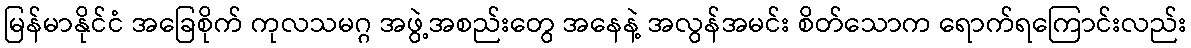
မြန်မာနိုင်ငံ အခြေစိုက် ကုလသမဂ္ဂ အဖွဲ့အစည်းတွေ အနေနဲ့ အလွန်အမင်း စိတ်သောက ရောက်ရကြောင်းလည်း